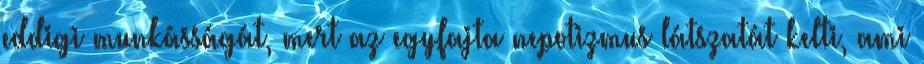
eddigi munkásságát, mert az egyfajta nepotizmus látszatát kelti, ami